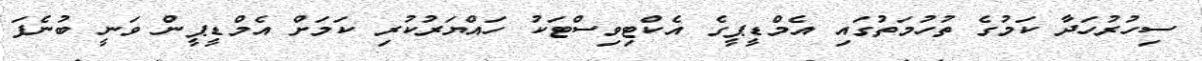
ސިހުރުހަދާ ކަމުގެ ތުހުމަތުގައި އެމްޑީޕީގެ އެކްޓިވިސްޓަކު ހައްޔަރުކުރި ކަމަށް އެމްޑީޕީން ވަނީ ބުނެފަ